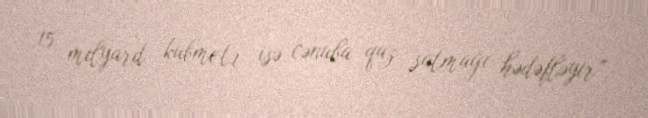
15 milyard kubmetr isə cənuba qaz satmağı hədəfləyir”.